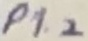
Text: P1.2